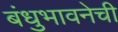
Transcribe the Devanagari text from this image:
बंधुभावनेची